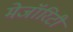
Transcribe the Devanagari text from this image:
मेजॉरिटी